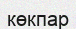
көкпар